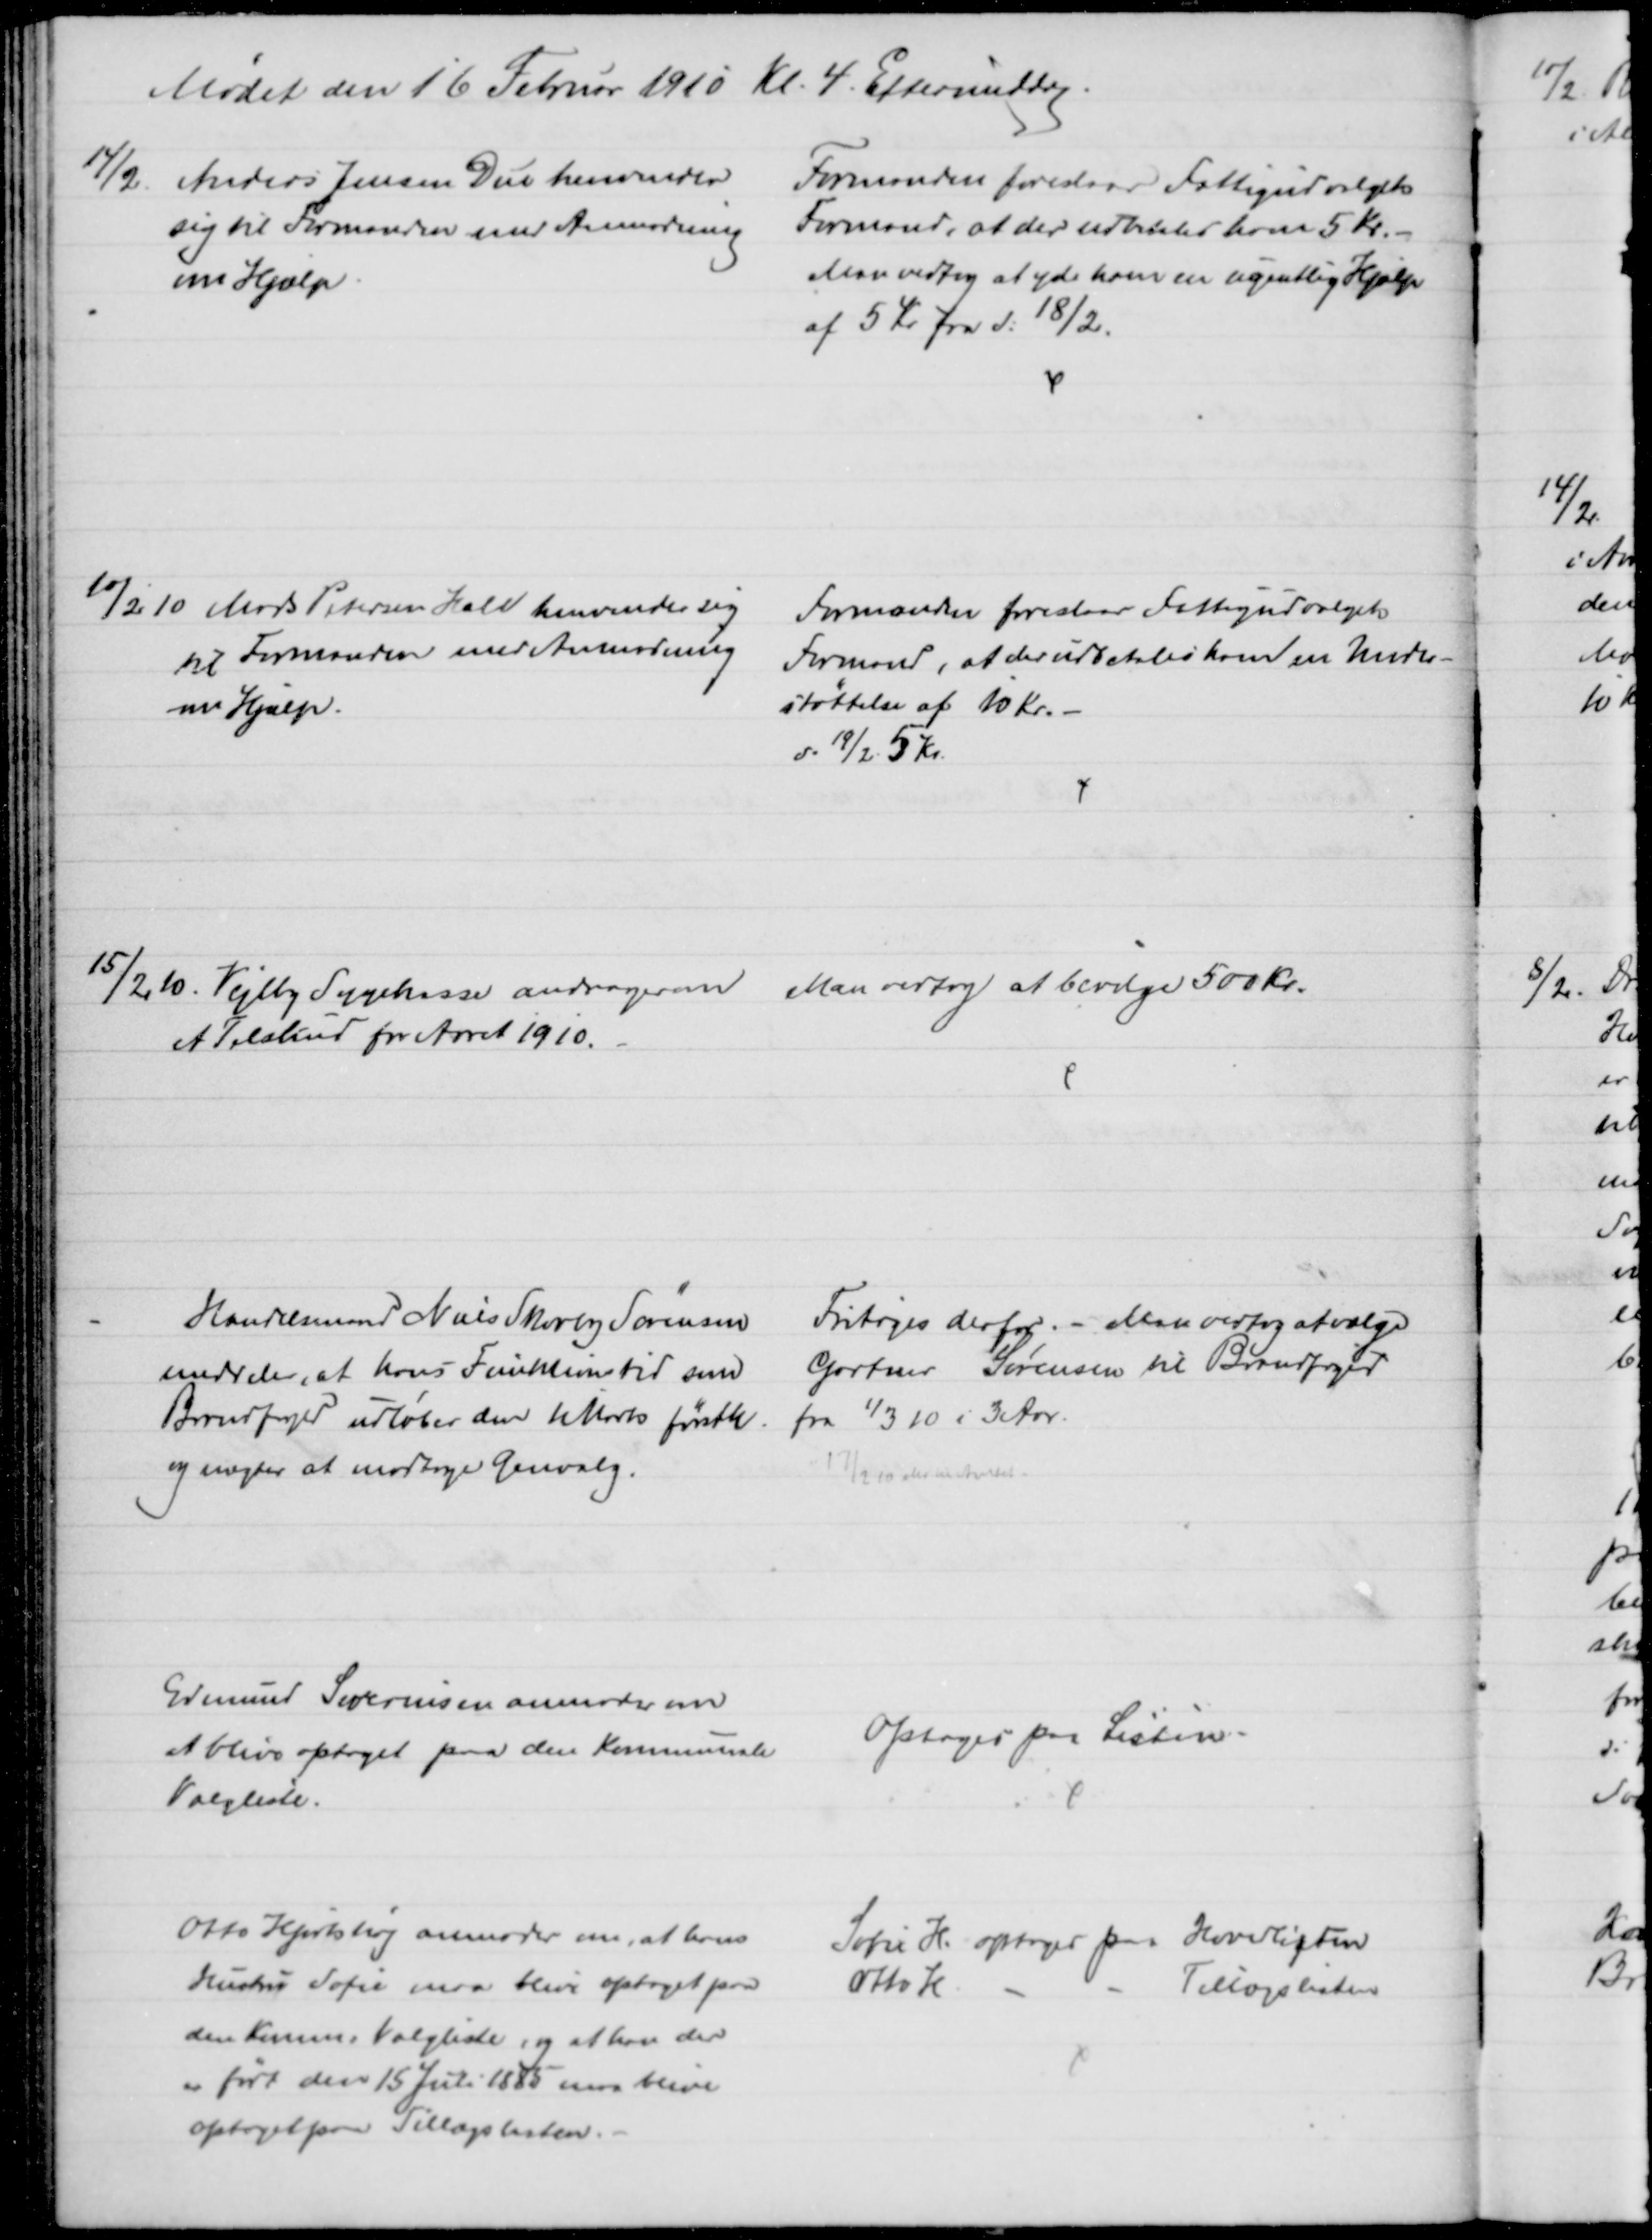
Transskription:
Mødet den 16 Februar 1910 Kl. 4. Eftermiddag
14/2.
Anders Jensen Due henvender
sig til Formanden med Anmodning
om Hjælp
Formanden foreslaar Fattigudvalgets
Formand, at der udbetales ham 5 Kr.
Man vedtog at yde ham en ugentlig Hjælp
af 5 Kr. fra d: 18/2.
10/2 10 Mads Petersen Hall henvender sig
til Formanden med Anmodning
om Hjælp.
Formanden foreslaar Fattigudvalgets
Formand, at der udbetales ham en Under-
støttelse af 10 Kr. 
d. 19/2. 5 Kr.
15/2 10. Vejlby Sygekasse andrager om
et Tilskud for Aaret 1910.
Man vedtog at bevilge 500 Kr.
Handelsmand Niels Skovby Sørensen
meddeler, at hans Funktionstid som
Brandfoged udløber den 1 Marts førstk.
og nægter at modtage Genvalg.
Fritages derfor. - Man vedtog at vælge
Gartner Sørensen til Brandfoged
fra 1/3 10 i 3 Aar.
17/2 10 Md til Amtet.
Edmund Severinsen anmoder om
at blive optaget paa den Kommunale
Valgliste.
Optoges paa Listen.
Otto Hjortshøj anmoder om, at hans
Hustru Sofie maa blive optaget paa
den Komm. Valgliste og at han der
er født den 15 Juli 1885 maa blive
optaget paa Tillægslisten.
Sofie H. optoges paa Hovedlisten
Otto H
Tillægslisten